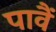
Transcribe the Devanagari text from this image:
पावैं